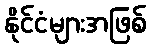
နိုင်ငံများအဖြစ်